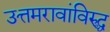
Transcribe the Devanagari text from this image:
उत्तमरावांविरुद्ध